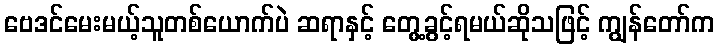
ဗေဒင်မေးမယ့်သူတစ်ယောက်ပဲ ဆရာနှင့် တွေ့ခွင့်ရမယ်ဆိုသဖြင့် ကျွန်တော်က